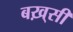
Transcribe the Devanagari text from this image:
बख़्सी